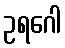
ဥရဂေါ